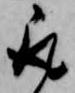
取